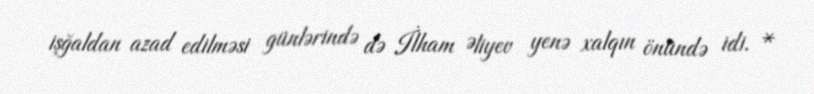
işğaldan azad edilməsi günlərində də İlham Əliyev yenə xalqın önündə idi. *